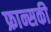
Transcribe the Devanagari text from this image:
फ्रान्सकी